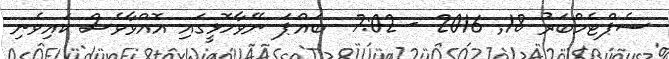
ސެޕްޓެމްބަރު 18